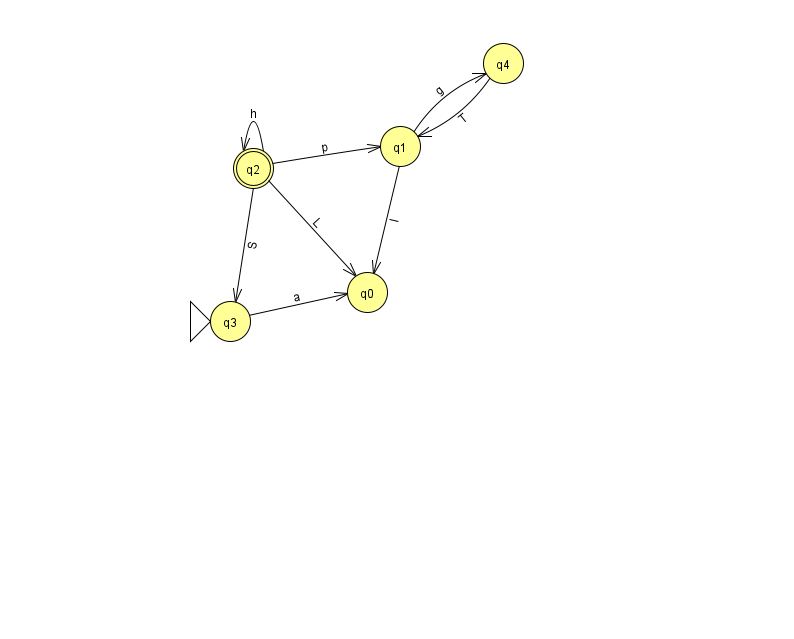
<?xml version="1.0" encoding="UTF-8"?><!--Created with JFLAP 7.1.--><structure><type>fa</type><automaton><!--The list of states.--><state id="0" name="q0"><x>367.0</x><y>279.0</y></state><state id="1" name="q1"><x>400.0</x><y>133.0</y></state><state id="2" name="q2"><x>253.0</x><y>155.0</y><final/></state><state id="3" name="q3"><x>230.0</x><y>308.0</y><initial/></state><state id="4" name="q4"><x>503.0</x><y>50.0</y></state><!--The list of transitions.--><transition><from>1</from><to>4</to><read>g</read></transition><transition><from>3</from><to>0</to><read>a</read></transition><transition><from>4</from><to>1</to><read>T</read></transition><transition><from>2</from><to>0</to><read>L</read></transition><transition><from>2</from><to>1</to><read>p</read></transition><transition><from>2</from><to>2</to><read>h</read></transition><transition><from>2</from><to>3</to><read>S</read></transition><transition><from>1</from><to>0</to><read>l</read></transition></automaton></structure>